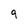
Character: 9